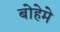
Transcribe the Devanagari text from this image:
बोहेमे